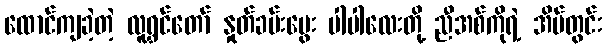
ထောင်ကျခဲ့တဲ့ လူရွှင်တော် နှုတ်ခမ်းမွေး ပါပါလေးတို့ ညီအစ်ကိုရဲ့ အိမ်တွင်း